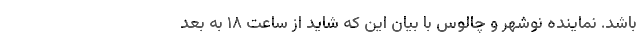
باشد. نماینده نوشهر و چالوس با بیان این که شاید از ساعت ۱۸ به بعد